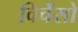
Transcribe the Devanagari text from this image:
विचेंसो